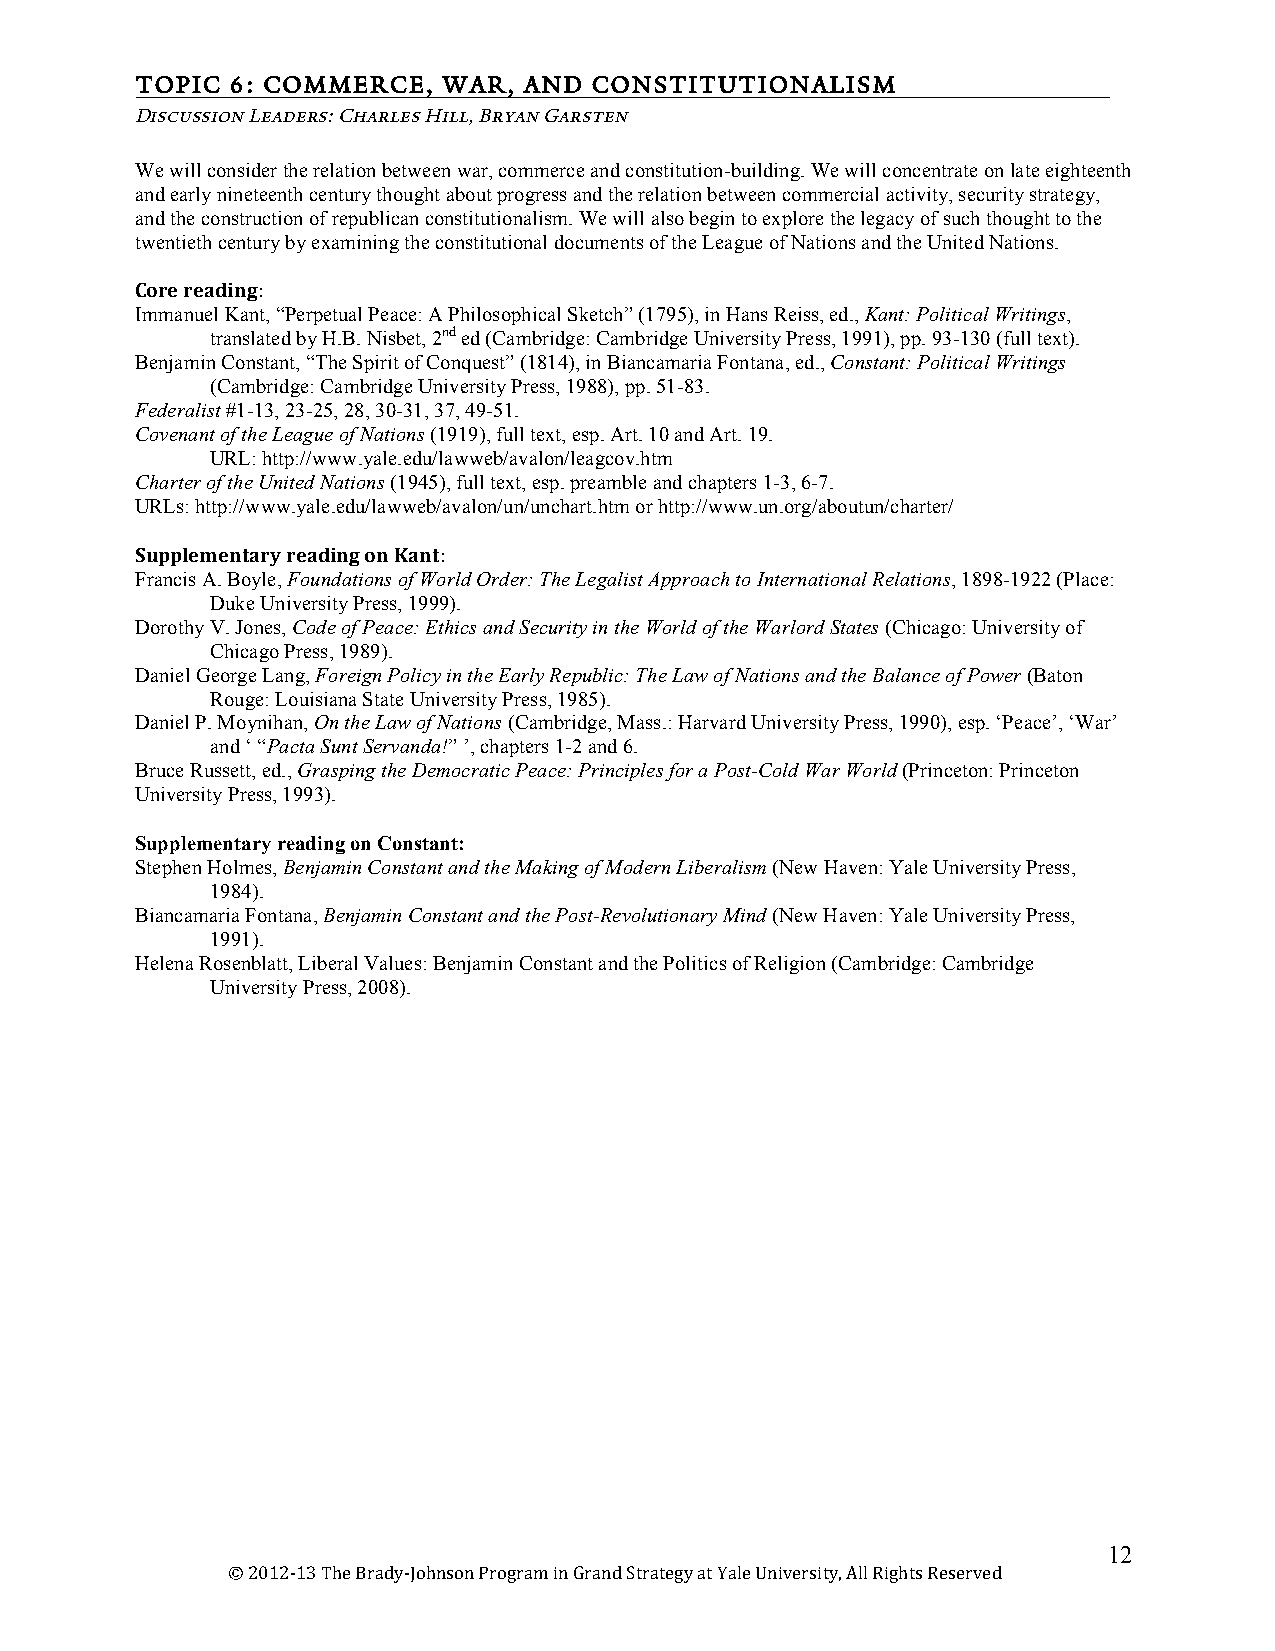
TOPIC 6: COMMERCE,  WAR,  AND CONSTITUTIONALISM
 7
 Discussion Leaders: Charles Hill, Bryan Garsten
 We will consider the relation between war, commerce and constitution-building. We will concentrate on late eighteenth
 and early nineteenth century thought about progress and the relation between commercial activity, security strategy,
 and the construction of republican constitutionalism. We will also begin to explore the legacy of such thought to the
 twentieth century by examining the constitutional documents of the League of Nations and the United Nations.
 Core reading:
 Immanuel Kant, “Perpetual Peace: A Philosophical Sketch” (1795), in Hans Reiss, ed., Kant: Political Writings,
 translated by H.B. Nisbet, 2nd ed (Cambridge: Cambridge University Press, 1991), pp. 93-130 (full text).
 Benjamin Constant, “The Spirit of Conquest” (1814), in Biancamaria Fontana, ed., Constant: Political Writings
 (Cambridge: Cambridge University Press, 1988), pp. 51-83.
 Federalist #1-13, 23-25, 28, 30-31, 37, 49-51.
 Covenant of the League of Nations (1919), full text, esp. Art. 10 and Art. 19.
 URL: http://www.yale.edu/lawweb/avalon/leagcov.htm
 Charter of the United Nations (1945), full text, esp. preamble and chapters 1-3, 6-7.
 URLs: http://www.yale.edu/lawweb/avalon/un/unchart.htm or http://www.un.org/aboutun/charter/
 Supplementary reading on Kant:
 Francis A. Boyle, Foundations of World Order: The Legalist Approach to International Relations, 1898-1922 (Place:
 Duke University Press, 1999).
 Dorothy V. Jones, Code of Peace: Ethics and Security in the World of the Warlord States (Chicago: University of
 Chicago Press, 1989).
 Daniel George Lang, Foreign Policy in the Early Republic: The Law of Nations and the Balance of Power (Baton
 Rouge: Louisiana State University Press, 1985).
 Daniel P. Moynihan, On the Law of Nations (Cambridge, Mass.: Harvard University Press, 1990), esp. ‘Peace’, ‘War’
 and ‘ “Pacta Sunt Servanda!” ’, chapters 1-2 and 6.
 Bruce Russett, ed., Grasping the Democratic Peace: Principles for a Post-Cold War World (Princeton: Princeton
 University Press, 1993).
 Supplementary reading on Constant:
 Stephen Holmes, Benjamin Constant and the Making of Modern Liberalism (New Haven: Yale University Press,
 1984).
 Biancamaria Fontana, Benjamin Constant and the Post-Revolutionary Mind (New Haven: Yale University Press,
 1991).
 Helena Rosenblatt, Liberal Values: Benjamin Constant and the Politics of Religion (Cambridge: Cambridge
 University Press, 2008).
 12
 © 2012‐13 The Brady‐Johnson Program in Grand Strategy at Yale University, All Rights Reserved